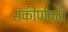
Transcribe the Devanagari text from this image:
संकीर्णवक्ष